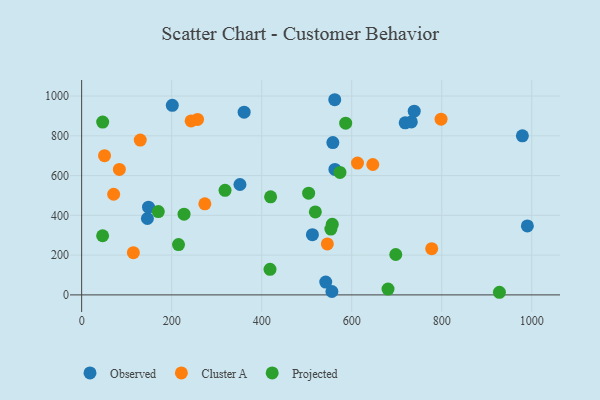
{"axis": {"x": "Price", "y": "Sales"}, "legend": ["Cluster A", "Observed", "Projected"], "data": [{"x": "562.3", "y": 981.4, "type": "Observed"}, {"x": "556.0", "y": 17.2, "type": "Observed"}, {"x": "146.1", "y": 384.2, "type": "Observed"}, {"x": "979.2", "y": 800.1, "type": "Observed"}, {"x": "718.8", "y": 865.3, "type": "Observed"}, {"x": "148.6", "y": 441.1, "type": "Observed"}, {"x": "732.5", "y": 869.8, "type": "Observed"}, {"x": "542.3", "y": 64.3, "type": "Observed"}, {"x": "351.7", "y": 555.0, "type": "Observed"}, {"x": "562.7", "y": 631.1, "type": "Observed"}, {"x": "738.9", "y": 923.8, "type": "Observed"}, {"x": "990.3", "y": 346.6, "type": "Observed"}, {"x": "361.0", "y": 918.8, "type": "Observed"}, {"x": "512.7", "y": 302.7, "type": "Observed"}, {"x": "558.1", "y": 765.9, "type": "Observed"}, {"x": "201.4", "y": 953.4, "type": "Observed"}, {"x": "83.8", "y": 631.0, "type": "Cluster A"}, {"x": "257.5", "y": 882.3, "type": "Cluster A"}, {"x": "50.8", "y": 700.2, "type": "Cluster A"}, {"x": "71.1", "y": 506.0, "type": "Cluster A"}, {"x": "114.9", "y": 212.5, "type": "Cluster A"}, {"x": "612.9", "y": 662.8, "type": "Cluster A"}, {"x": "130.2", "y": 778.7, "type": "Cluster A"}, {"x": "777.7", "y": 232.6, "type": "Cluster A"}, {"x": "646.9", "y": 655.6, "type": "Cluster A"}, {"x": "273.7", "y": 458.1, "type": "Cluster A"}, {"x": "545.9", "y": 256.2, "type": "Cluster A"}, {"x": "243.2", "y": 874.7, "type": "Cluster A"}, {"x": "798.5", "y": 883.5, "type": "Cluster A"}, {"x": "418.5", "y": 128.8, "type": "Projected"}, {"x": "504.3", "y": 511.7, "type": "Projected"}, {"x": "680.7", "y": 29.1, "type": "Projected"}, {"x": "318.6", "y": 526.0, "type": "Projected"}, {"x": "419.8", "y": 493.1, "type": "Projected"}, {"x": "519.2", "y": 417.3, "type": "Projected"}, {"x": "586.6", "y": 863.4, "type": "Projected"}, {"x": "928.2", "y": 13.2, "type": "Projected"}, {"x": "697.9", "y": 203.1, "type": "Projected"}, {"x": "573.9", "y": 615.8, "type": "Projected"}, {"x": "553.7", "y": 331.0, "type": "Projected"}, {"x": "46.6", "y": 297.4, "type": "Projected"}, {"x": "170.3", "y": 418.8, "type": "Projected"}, {"x": "215.2", "y": 252.9, "type": "Projected"}, {"x": "46.7", "y": 868.9, "type": "Projected"}, {"x": "227.5", "y": 405.7, "type": "Projected"}, {"x": "556.8", "y": 354.9, "type": "Projected"}]}